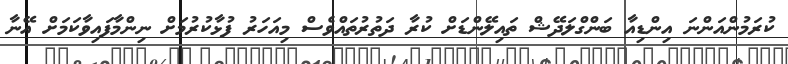
ކުރަމުންއަންނަ އިންޑިއާ ބަންގްލަދޭޝް ތައިލޭންޑަށް ކުރާ ދަތުރުތައްވެސް މިއަހަރު ފުޅާކުރުމަށް ނިންމާފައިވާކަމަށް އޭނާ